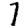
Digit: 7